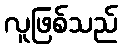
လူဖြစ်သည်